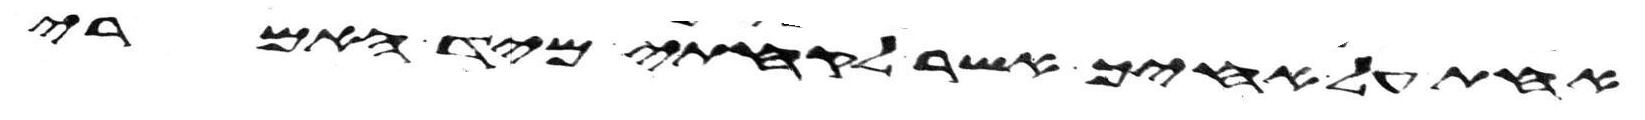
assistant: אחת על אחיך אשר לקחתי מיד האמרי